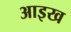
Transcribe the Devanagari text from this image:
आइख